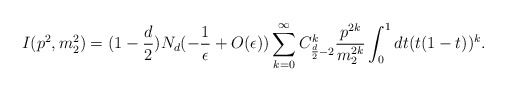
\begin{align*}I(p^{2},m_{2}^{2})=(1-\frac{d}{2})N_{d}(-\frac{1}{\epsilon}+O(\epsilon))\sum_{k=0}^{\infty}C_{\frac{d}{2}-2}^{k}\frac{p^{2k}}{m_{2}^{2k}}\int^{1}_{0}dt(t(1-t))^{k}.\end{align*}